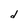
Character: d